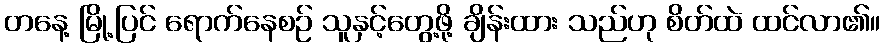
တနေ့ မြို့ပြင် ရောက်နေစဉ် သူနှင့်တွေ့ဖို့ ချိန်းထား သည်ဟု စိတ်ထဲ ထင်လာ၏။